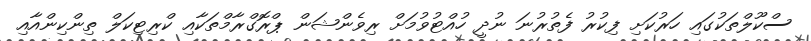
ސްކޫލްތަކުގައި ހަރުކަށި ފިކުރު ފެތުރުނަ ނުދީ ހުއްޓުވުމަށް ރިވެންޝަން ޕްރޮގްރާމްތަކާއި ކްރިޓިކަލް ތިންކިންއާއި